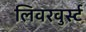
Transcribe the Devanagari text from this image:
लिवरवुर्स्ट